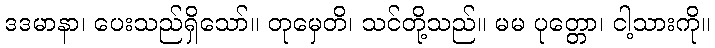
ဒဒမာနာ၊ ပေးသည်ရှိသော်။ တုမှေတိ၊ သင်တို့သည်။ မမ ပုတ္တော၊ ငါ့သားကို။